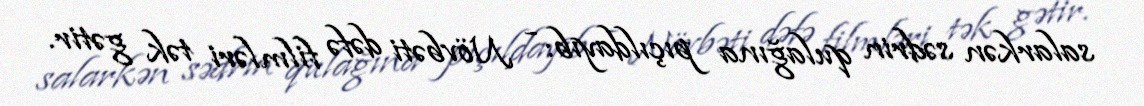
salarkən sədrin qulağına pıçıldayıb: - Növbəti dəfə filmləri tək gətir.